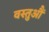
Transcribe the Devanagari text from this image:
वस्तुऔं